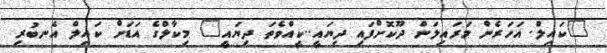
"ކައިލް. އަހަރެން މަރައިލަން ދޫކޮށްފައި ދިޔައީ..ކީއްވެތަ ދިޔައީ" މިކާލްގެ އަޑަށް ކައިލް އެނބުރި